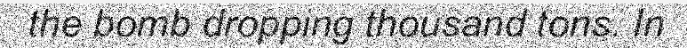
the bomb dropping thousand tons. In